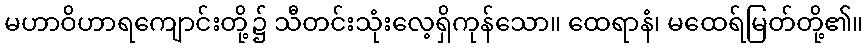
မဟာဝိဟာရကျောင်းတို့၌ သီတင်းသုံးလေ့ရှိကုန်သော။ ထေရာနံ၊ မထေရ်မြတ်တို့၏။